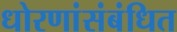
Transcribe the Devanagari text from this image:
धोरणांसंबंधित